Lunatic asylums Punjab 1881-1894 - 1881-1894
Year: 1881
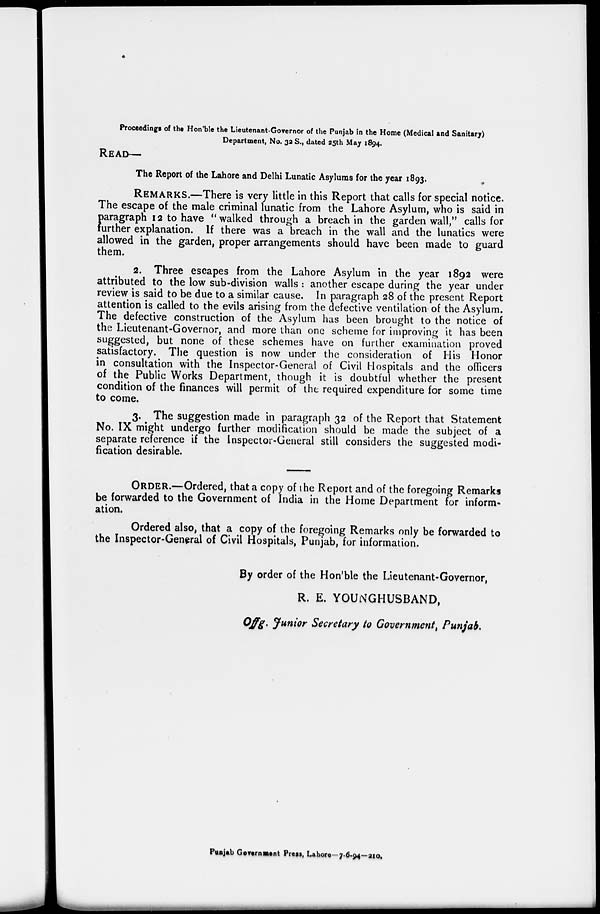
Proceeding of the Hon'ble the Lieutenant-Governor of the Punjab in the Home (Medical and Sanitary)
Department, No. 32 S., dated 25th May 1894.
READ—
The Report of the Lahore and Delhi Lunatic Asylums for the year 1893.
REMARKS.—There is very little in this Report that calls for special notice.
The escape of the male criminal lunatic from the Lahore Asylum, who is said in
p aragraph 12 to have " walked through a breach in the garden wall,'' calls for
further explanation. If there was a breach in the wall and the lunatics were
allowed in the garden, proper arrangements should have been made to guard
them.
2. Three escapes from the Lahore Asylum in the year 1892 were
attributed to the low sub-division walls : another escape during the year under
review is said to be due to a similar cause. In paragraph 28 of the present Report
attention is called to the evils arising from the defective ventilation of the Asylum.
The defective construction of the Asylum has been brought to the notice of
the Lieutenant-Governor, and more than one scheme for improving it has been
suggested, but none of these schemes have on further examination proved
satisfactory. The question is now under the consideration of His Honor
in consultation with the Inspector-General of Civil Hospitals and the officers
of the Public Works Department, though it is doubtful whether the present
condition of the finances will permit of the required expenditure for some time
to come.
3. The suggestion made in paragraph 32 of the Report that Statement
No. IX might undergo further modification should be made the subject of a
separate reference if the Inspector-General still considers the suggested modi-
fication desirable.
ORDER.—Ordered, that a copy of the Report and of the foregoing Remarks
be forwarded to the Government of India in the Home Department for inform-
ation.
Ordered also, that a copy of the foregoing Remarks only be forwarded to
the Inspector-General of Civil Hospitals, Punjab, for information.
By order of the Hon'ble the Lieutenant-Governor,
R. E. YOUNGHUSBAND,
Qffg. Junior Secretary to Government , Punjab.
Punjab Goftrnatnt Prow, Lahore—7.6.94—210.